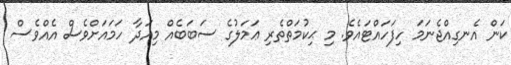
ކަން އެނގިއްޖެނަމަ ހިފަހައްޓައެވެ. މި ޙިކުމަތްތެރި ޢަމަލުގެ ސަބަބެއް މިއަދާ ހަމައަށްވެސް އެއްވެސް